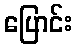
ပြောင်း